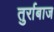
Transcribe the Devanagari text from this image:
तुर्राबाज